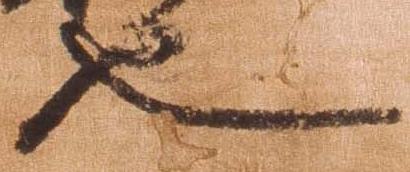
也